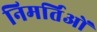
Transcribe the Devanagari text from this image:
निमर्तिओं